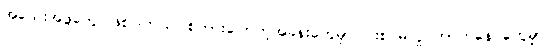
အသေးအဖွဲတွေပဲဖြစ်ပါတယ်၊ စကားပြောတဲ့အခန်းတွေမှာ ပါးစပ်မလှုပ်တာကနေ တွေမှာ